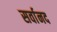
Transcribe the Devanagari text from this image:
सर्वानद